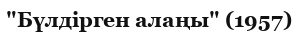
"Бүлдірген алаңы" (1957)